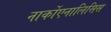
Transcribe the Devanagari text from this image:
नार्कोएनालिसिस